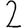
Digit: 2